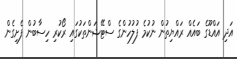
އަދި އައްޑޫގެ ބައެއް ރައްޔިތުން ނުކުމެ ފުލުހުންގެ ސްޓޭޝަންތަކުގައި ރޯކުރި ހިސާބުން ފެށިގެން